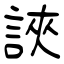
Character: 䛟